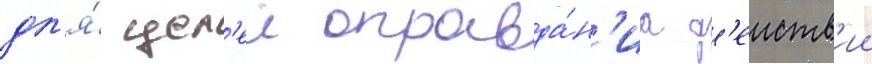
дл'я́ цел'еи оправда́н'иа д'еиств'ии